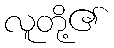
လူတို့၏